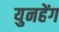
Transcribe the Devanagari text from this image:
युनहेंग